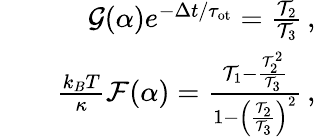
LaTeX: \begin{array}{r}{\mathcal{G}(\alpha)e^{-\Delta t/\tau_{\mathrm{{ot}}}}=\frac{\mathcal{T}_{2}}{\mathcal{T}_{3}}\, ,}\\ {\quad\quad\frac{k_{B}T}{\kappa}\mathcal{F}(\alpha)=\frac{\mathcal{T}_{1}-\frac{\mathcal{T}_{2}^{2}}{\mathcal{T}_{3}}}{1-\left(\frac{\mathcal{T}_{2}}{\mathcal{T}_{3}}\right)^{2}}\, ,}\end{array}